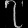
Digit: ၇